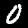
Digit: 0